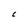
Character: C